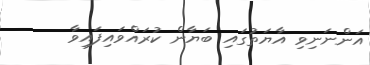
އަންނަނިވި އާޔަތުގައި ބަޔާން ކުރައްވައިފައިވާ